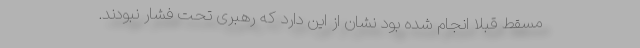
مسقط قبلا انجام شده بود نشان از این دارد که رهبری تحت فشار نبودند.